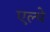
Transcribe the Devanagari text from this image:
एल्पे